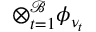
\otimes _ { t = 1 } ^ { \mathcal { B } } \phi _ { \nu _ { t } }